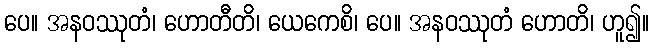
ပေ။ အနဝဿုတံ၊ ဟောတီတိ၊ ယေကေစိ၊ ပေ။ အနဝဿုတံ ဟောတိ၊ ဟူ၍။